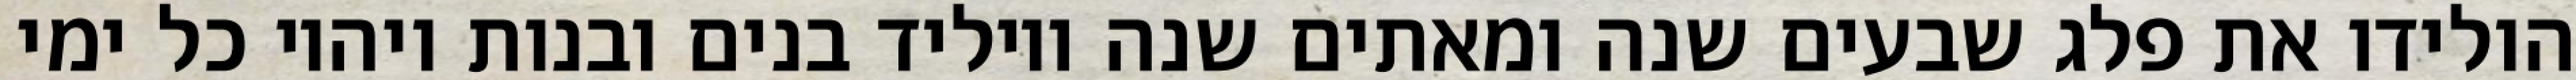
הולידו את פלג שבעים שנה ומאתים שנה ויוליד בנים ובנות ויהיו כל ימי